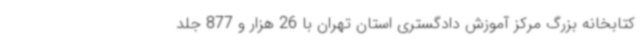
کتابخانه بزرگ مرکز آموزش دادگستری استان تهران با 26 هزار و 877 جلد